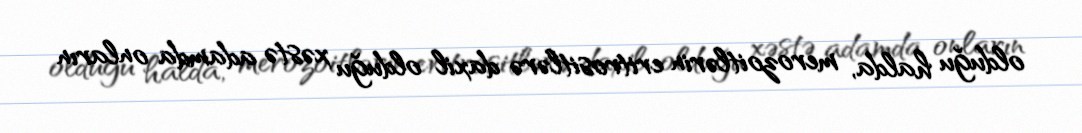
olduğu halda, merozoitlərin eritrositlərə daxil olduğu xəstə adamda onların